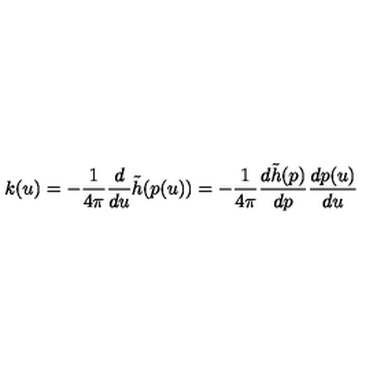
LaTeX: k ( u ) = - \frac { 1 } { 4 \pi } \frac { d } { d u } \tilde { h } ( p ( u ) ) = - \frac { 1 } { 4 \pi } \frac { d \tilde { h } ( p ) } { d p } \frac { d p ( u ) } { d u }